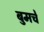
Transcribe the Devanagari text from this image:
बुमचे